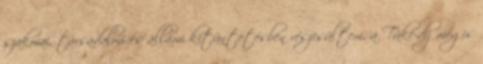
szakmai, társadalmi és állami kitüntetésben részesültem, a Tüke-díj mégis